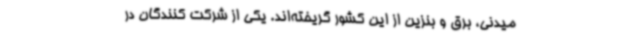
میدنی، برق و بنزین از این کشور گریخته‌اند. یکی از شرکت کنندگان در